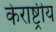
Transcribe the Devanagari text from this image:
केराष्ट्रीय